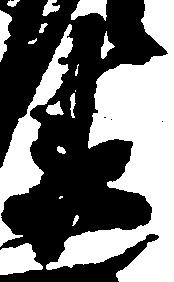
衛